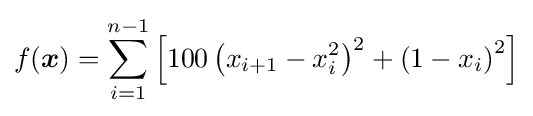
f({\boldsymbol {x}})=\sum _{i=1}^{n-1}\left[100\left(x_{i+1}-x_{i}^{2}\right)^{2}+\left(1-x_{i}\right)^{2}\right]